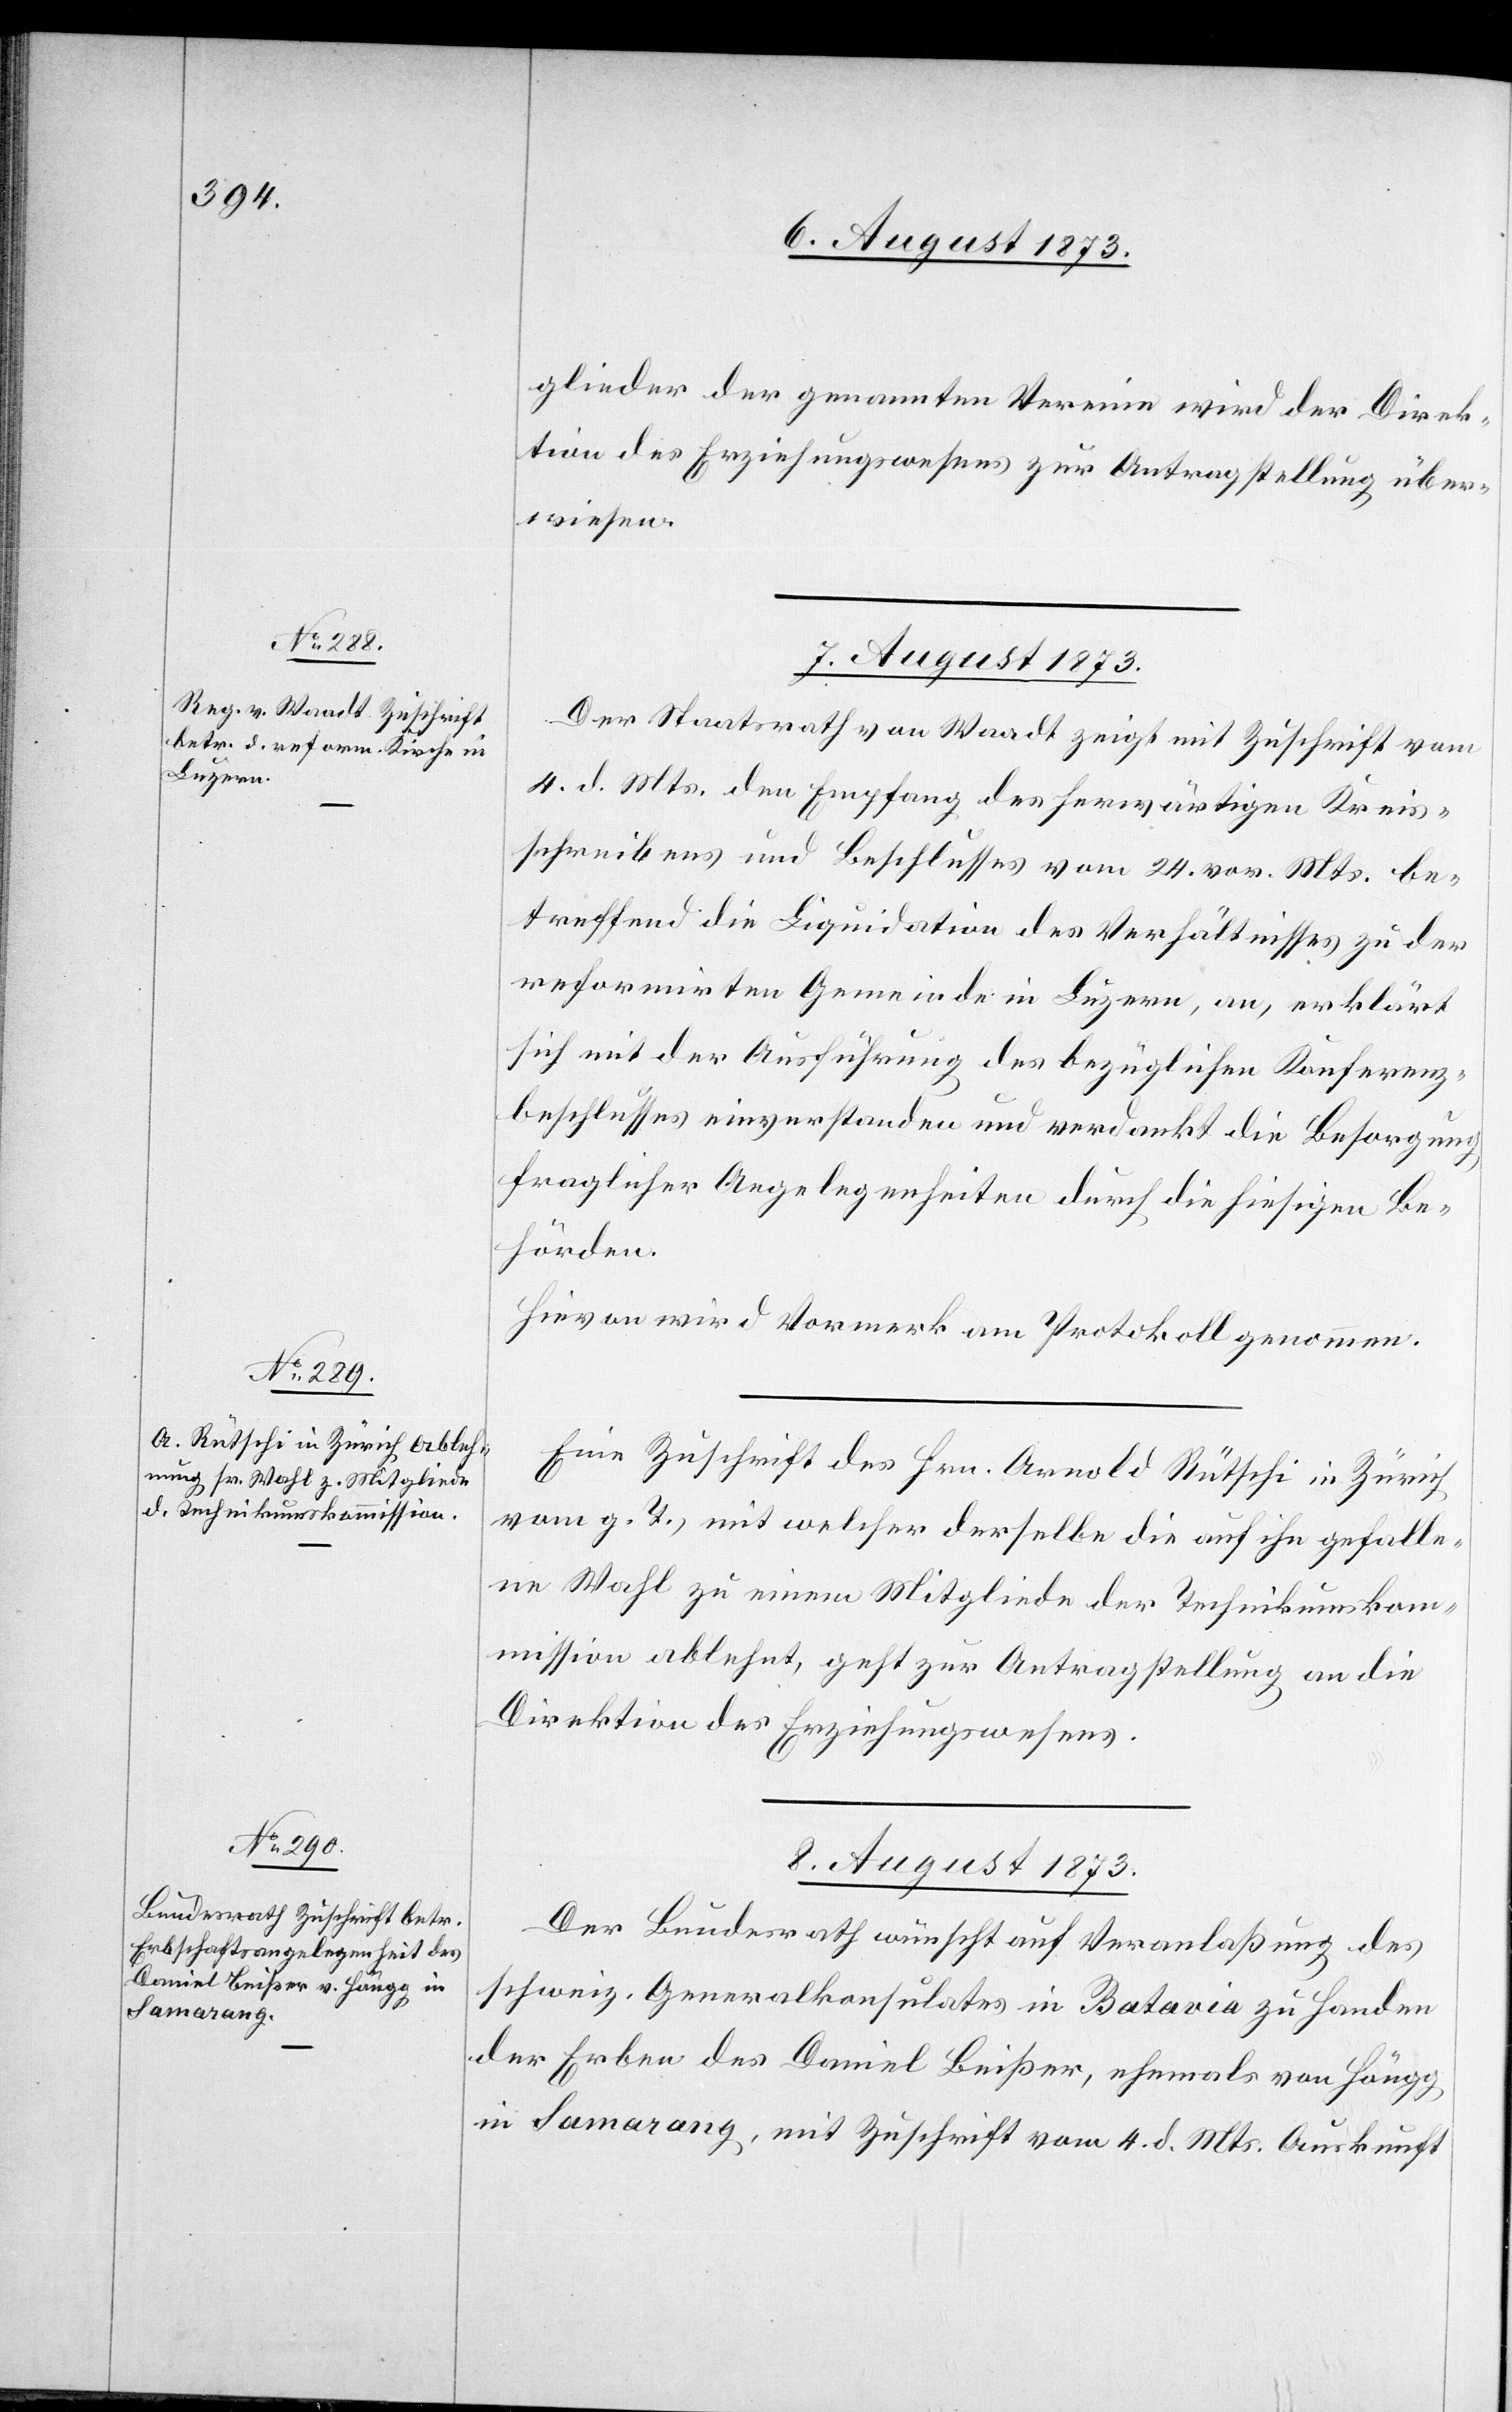
glieder der genannten Vereine wird der Direk¬
tion des Erziehungswesens zur Antragstellung über¬
wiesen.
7. August 1873.]
Der Staatsrath von Waadt zeigt mit Zuschrift vom
4. d. Mts. den Empfang des herwärtigen Kreis¬
schreibens und Beschlusses vom 24. vor. Mts. be¬
treffend die Liquidation des Verhältnisses zu der
reformirten Gemeinde in Luzern, an, erklärt
sich mit der Ausführung des bezüglichen Konferenz¬
beschlusses einverstanden und verdankt die Besorgung
fraglicher Angelegenheiten durch die hiesigen Be¬
hörden.
Hievon wird Vormerk am Protokoll genommen.
Eine Zuschrift des Hrn. Arnold Rütschi in Zürich
vom g. T., mit welcher derselbe die auf ihn gefalle¬
ne Wahl zu einem Mitgliede der Technikumskom¬
mission ablehnt, geht zur Antragstellung an die
Direktion des Erziehungswesens.
8. August 1873.
Der Bundesrath wünscht auf Veranlaßung des
schweiz. Generalkonsulates in Batavia zu Handen
der Erben des Daniel Beißer, ehemals von Höngg
in Samarang, mit Zuschrift vom 4. d. Mts. Auskunft